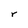
Character: r